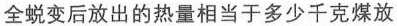
全蜕变后放出的热量相当于多少千克煤放